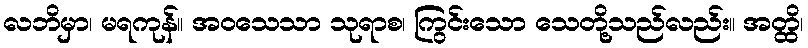
လဘိမှာ၊ မရကုန်။ အဝသေသာ သုရာစ၊ ကြွင်းသော သေတို့သည်လည်း။ အတ္ထိ၊